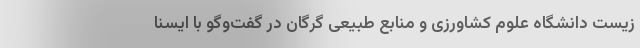
زیست دانشگاه علوم کشاورزی و منابع طبیعی گرگان در گفت‌وگو با ایسنا